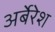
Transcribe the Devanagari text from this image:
अर्बेरेश